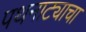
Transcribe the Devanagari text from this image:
पथनाट्याचा